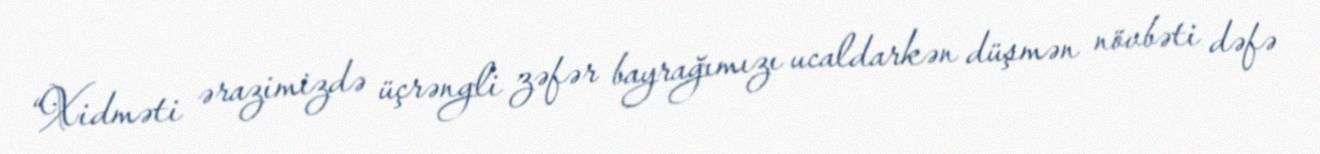
“Xidməti ərazimizdə üçrəngli zəfər bayrağımızı ucaldarkən düşmən növbəti dəfə